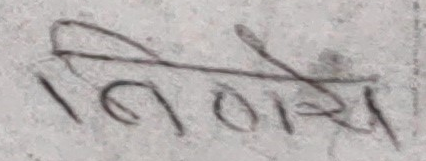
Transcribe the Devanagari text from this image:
विधाता